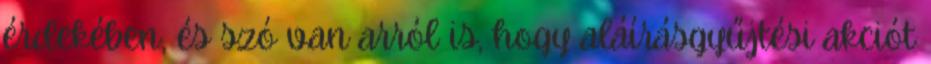
érdekében, és szó van arról is, hogy aláírásgyűjtési akciót